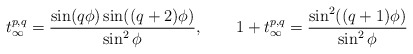
\begin{align*}t_\infty^{p,q}=\frac{\sin(q\phi)\sin((q+2)\phi)}{\sin^2\phi},\qquad1+t_\infty^{p,q}=\frac{\sin^2((q+1)\phi)}{\sin^2\phi}\end{align*}